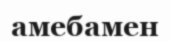
амебамен